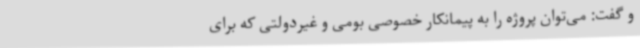
و گفت: می‌توان پروژه را به پیمانکار خصوصی بومی و غیردولتی که برای